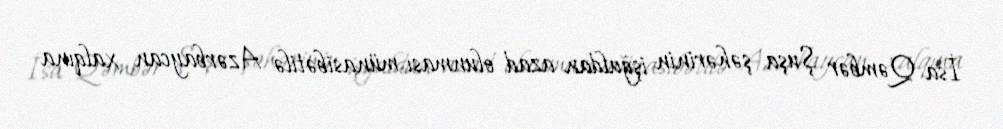
İsa Qəmbər Şuşa şəhərinin işğaldan azad olunması münasibətilə Azərbaycan xalqına